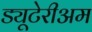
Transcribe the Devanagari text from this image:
ड्यूटेरीअम